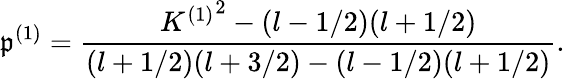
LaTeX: \mathfrak{p}^{(1)}=\frac{{{K^{(1)}}^{2}-(l-1/2)(l+1/2)}}{{(l+1/2)(l+3/2)-(l-1/2)(l+1/2)}}.